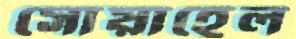
সোয়াহেল